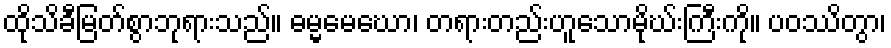
ထိုသိခီမြတ်စွာဘုရားသည်။ ဓမ္မမေဃော၊ တရားတည်းဟူသောမိုဃ်းကြီးကို။ ပဝဿိတွာ၊